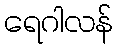
ရေဂါလန်